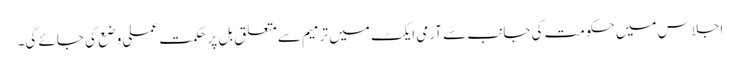
اجلاس میں حکومت کی جانب سے آرمی ایکٹ میں ترمیم سےمتعلق بل پرحکمت عملی وضع کی جائے گی۔